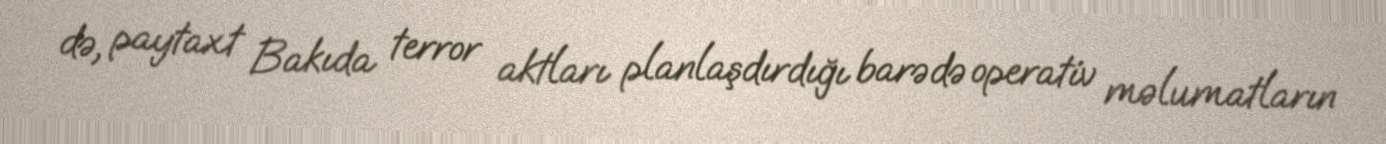
də, paytaxt Bakıda terror aktları planlaşdırdığı barədə operativ məlumatların